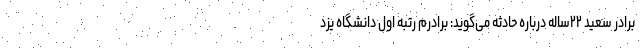
برادر سعید ۲۲ساله درباره حادثه می‌گوید: برادرم رتبه اول دانشگاه یزد